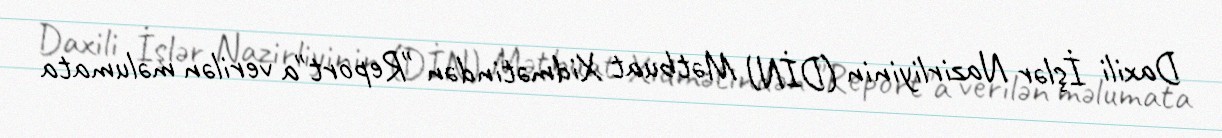
Daxili İşlər Nazirliyinin (DİN) Mətbuat Xidmətindən "Report"a verilən məlumata